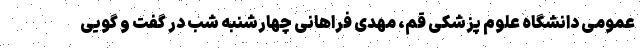
عمومی دانشگاه علوم پزشکی قم، مهدی فراهانی چهارشنبه شب در گفت و گویی